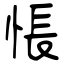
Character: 悵